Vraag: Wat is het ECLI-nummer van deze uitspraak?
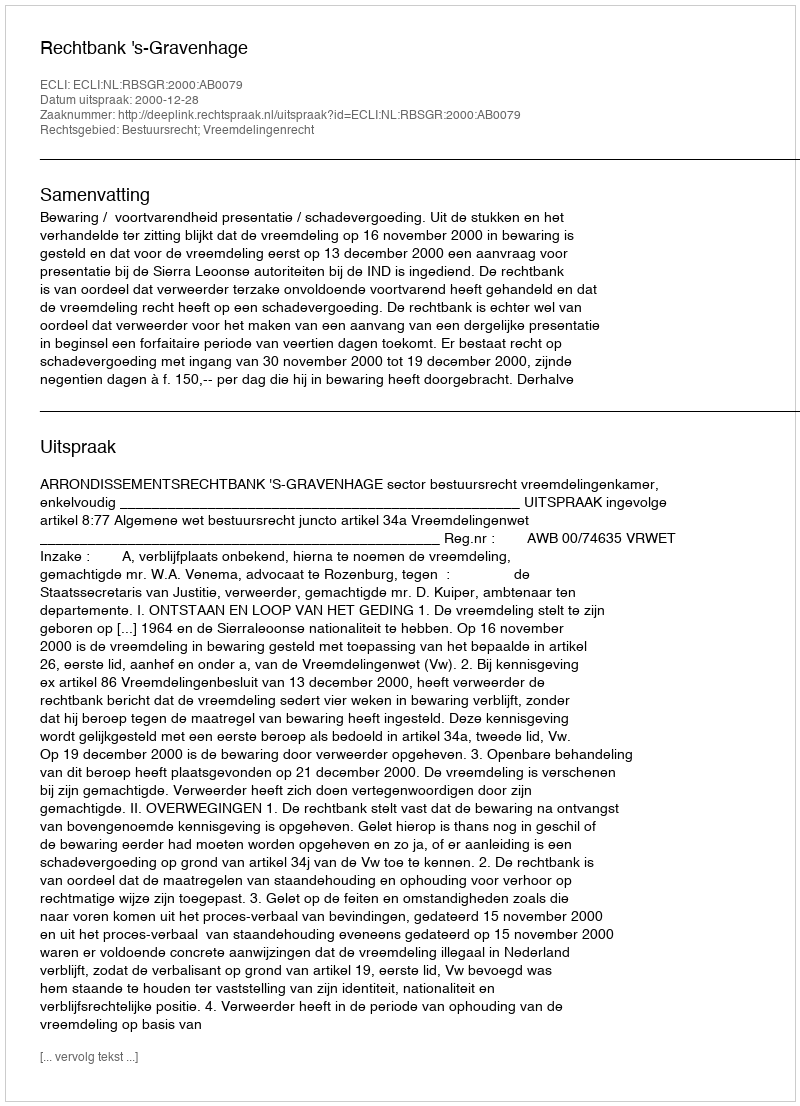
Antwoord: ECLI:NL:RBSGR:2000:AB0079